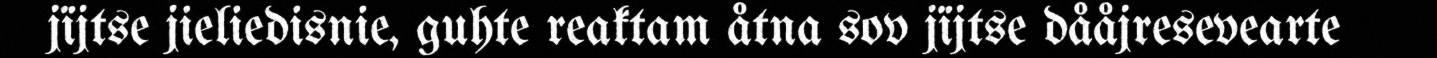
jïjtse jieliedisnie, guhte reaktam åtna sov jïjtse dååjresevearte